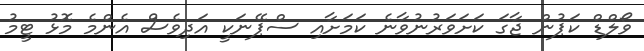
ވޯލްޑް ކަޕުން ޖާގަ ކަށަވަރުނުވާނެ ކަމަށާއި ސްޕޭނަކީ އަދިވެސް އެންމެ މޮޅު ޓީމު